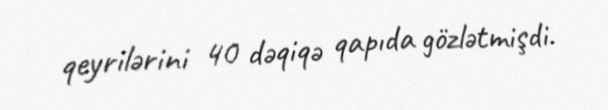
qeyrilərini 40 dəqiqə qapıda gözlətmişdi.